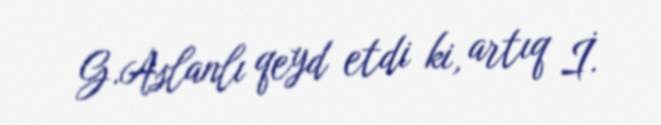
G.Aslanlı qeyd etdi ki, artıq İ.